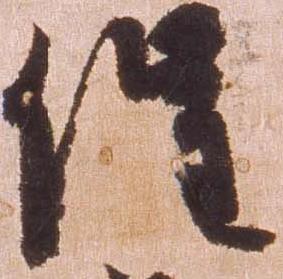
催